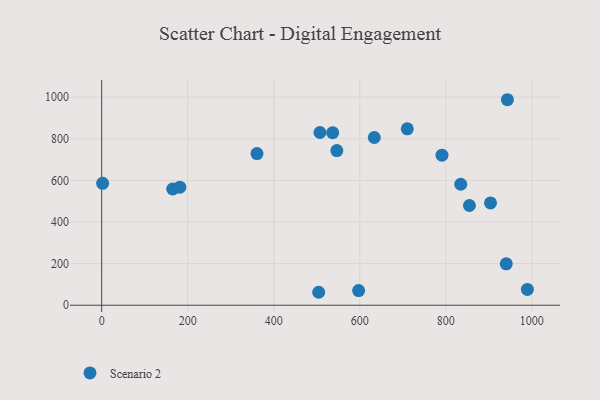
{"axis": {"x": "Engine Size", "y": "Demand"}, "legend": ["Scenario 2"], "data": [{"x": "633.8", "y": 806.1, "type": "Scenario 2"}, {"x": "855.0", "y": 479.3, "type": "Scenario 2"}, {"x": "597.4", "y": 70.2, "type": "Scenario 2"}, {"x": "834.8", "y": 581.4, "type": "Scenario 2"}, {"x": "943.3", "y": 987.7, "type": "Scenario 2"}, {"x": "546.8", "y": 743.4, "type": "Scenario 2"}, {"x": "361.1", "y": 729.0, "type": "Scenario 2"}, {"x": "940.6", "y": 199.1, "type": "Scenario 2"}, {"x": "537.0", "y": 829.2, "type": "Scenario 2"}, {"x": "165.1", "y": 558.5, "type": "Scenario 2"}, {"x": "2.2", "y": 586.1, "type": "Scenario 2"}, {"x": "791.2", "y": 721.4, "type": "Scenario 2"}, {"x": "507.4", "y": 830.1, "type": "Scenario 2"}, {"x": "181.7", "y": 567.5, "type": "Scenario 2"}, {"x": "504.5", "y": 62.2, "type": "Scenario 2"}, {"x": "904.0", "y": 491.7, "type": "Scenario 2"}, {"x": "989.7", "y": 75.7, "type": "Scenario 2"}, {"x": "710.5", "y": 848.0, "type": "Scenario 2"}]}